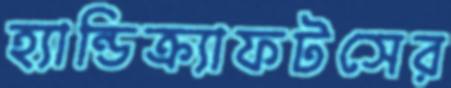
হ্যান্ডিক্র্যাফটসের